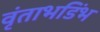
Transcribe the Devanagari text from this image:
वृंताभडिंभ